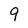
Character: 9